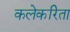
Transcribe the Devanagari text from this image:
कलेकरिता